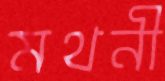
মথনী